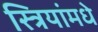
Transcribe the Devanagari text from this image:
स्त्रियांमधे